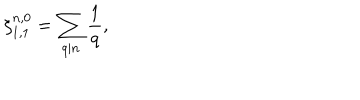
\xi _ { 1 , 1 } ^ { n , 0 } = \sum _ { q | n } \frac { 1 } { q } ,